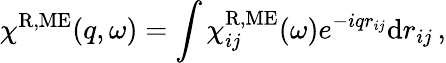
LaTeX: \chi^{\mathrm{R,ME}}(q,\omega)=\int\chi_{ij}^{\mathrm{R,ME}}(\omega)e^{-iqr_{ij}}\mathrm{d}r_{ij}\, ,